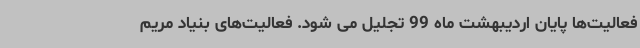
فعالیت‌ها پایان اردیبهشت ماه 99 تجلیل می شود. فعالیت‌های بنیاد مریم